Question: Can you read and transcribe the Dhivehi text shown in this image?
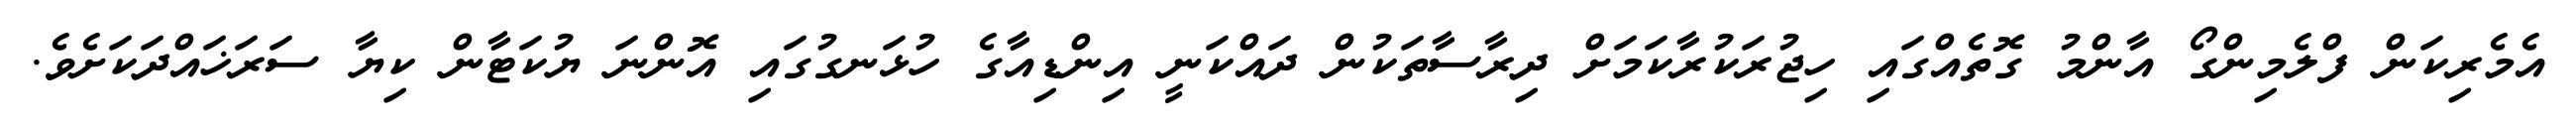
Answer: އެމެރިކަން ފްލެމިންގޯ އާންމު ގޮތެއްގައި ހިޖުރަކުރާކަމަށް ދިރާސާތަކުން ދައްކަނީ އިންޑިއާގެ ހުޅަނގުގައި އޮންނަ ޔުކަޓާން ކިޔާ ސަރަޚައްދަކަށެވެ.